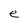
Character: e